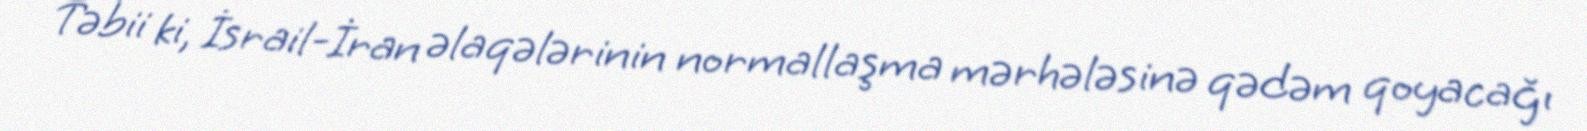
Təbii ki, İsrail-İran əlaqələrinin normallaşma mərhələsinə qədəm qoyacağı